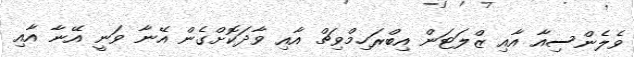
ވެލެންސިއާ އާއި ޒްލަޓަން އިބްރަހިމްވިޗް އާއި ވާދަކޮށްގެން އޭނާ ވަނީ އޭނާ އާއި